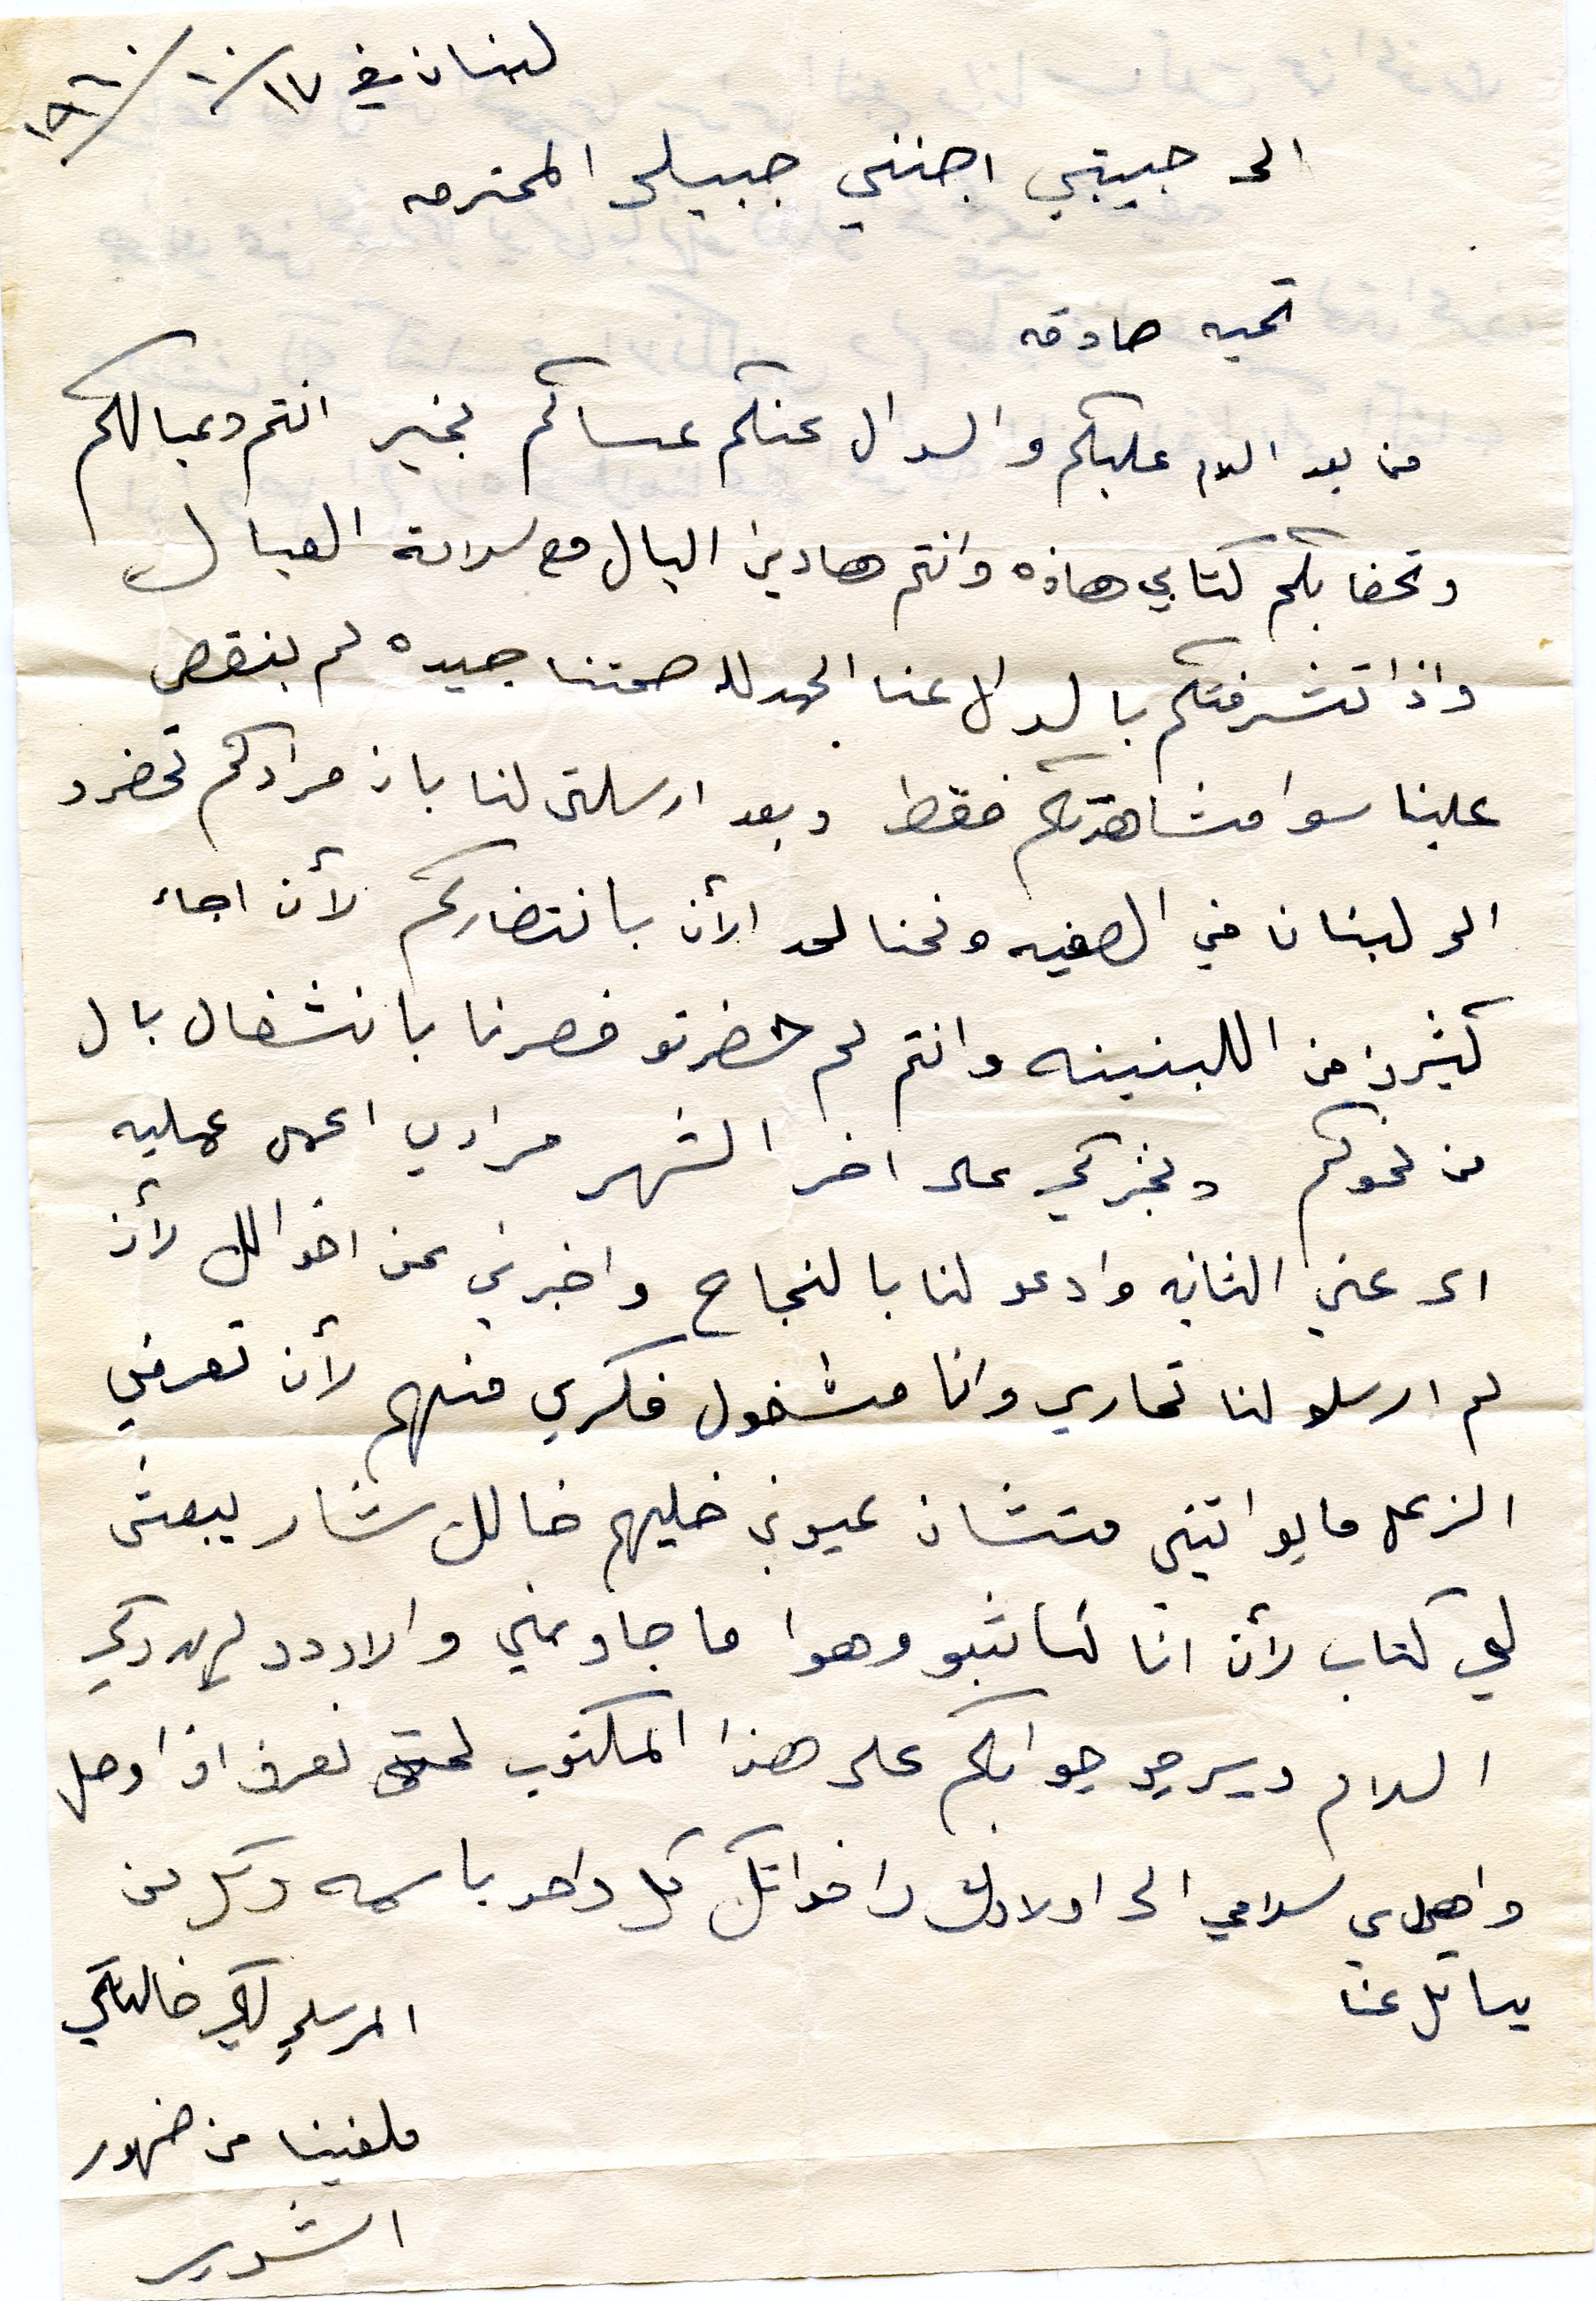
لبنان في ١٧/١٠/١٩٦٠
الى حبييتي اجنني جبيلي المحترمه
تحية صادقه
من بعد السلام عليكم والسوال عنكم عساكم بخير انتم وعيالكم
وتحفا بكم كتابي هاذه وانتم هادين البال مع سلامة العيال
واذا تشرفتم بالسؤال عنا الحمدلله صحتنا جيده لم ينقص
علينا سوا مشاهدتكم فقط وبعد ارسلتى لنا بان مرادكم تحضرو
الى لبنان في الصفيه ونحنا لحد الأن بانتظاركم لأن اجاء
كثيرن من اللبنينه وانتم لم حضرتو فصرنا بانشغال بال
من نحوكم ونخبركي على اخر الشهر مرادي اعمل عمليه
الى عني الثانيه وادعو لنا بالنجاح واخبرني عن اخوالك لأن
لم ارسلو لنا تحارير وانا مشغول فكري فيهم لأن تعرفي
الزعل ما يواتيني منشان عيوني خليهم خالك شار يبعتني
لي كتاب لأن انا كاتبتو وهوا ما جاوبني والاردد بريد دكي
السلام ويرجو جوابكم على هذا المكتوب لحتى نعرف اذا وصل
واصل ي سلامي الى اولادك واخواتك كل واحد باسمه وكل من
يسائل عنا
المرسلي لكي خالةي
ملفينا من ضهور
الشوير